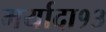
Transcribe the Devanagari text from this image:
मर्यादा१३